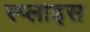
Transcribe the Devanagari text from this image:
स्प्लाइस